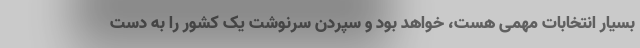
بسیار انتخابات مهمی هست، خواهد بود و سپردن سرنوشت یک کشور را به دست